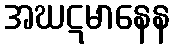
အဃဋမာနေန